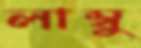
লাম্বু